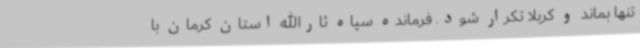
تنها بماند و کربلا تکرار شود. فرمانده سپاه ثارالله استان کرمان با